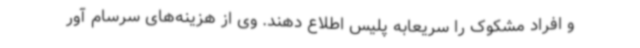
و افراد مشکوک را سریعابه پلیس اطلاع دهند. وی از هزینه‌های سرسام آور